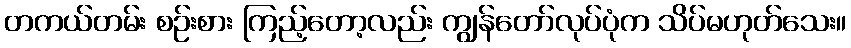
တကယ်တမ်း စဉ်းစား ကြည့်တော့လည်း ကျွန်တော်လုပ်ပုံက သိပ်မဟုတ်သေး။